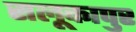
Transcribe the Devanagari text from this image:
सलूकापुर